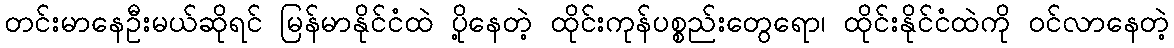
တင်းမာနေဦးမယ်ဆိုရင် မြန်မာနိုင်ငံထဲ ပို့နေတဲ့ ထိုင်းကုန်ပစ္စည်းတွေရော၊ ထိုင်းနိုင်ငံထဲကို ဝင်လာနေတဲ့